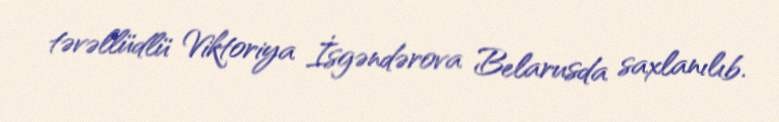
təvəllüdlü Viktoriya İsgəndərova Belarusda saxlanılıb.